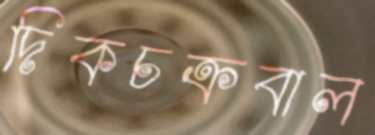
দিকচক্রবাল